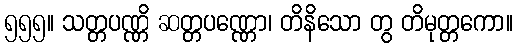
၅၅၅။ သတ္တပဏ္ဏိ ဆတ္တပဏ္ဏော၊ တိနိသော တွ တိမုတ္တကော။